Report on the working of the Ranchi Indian Mental Hospital, Kanke, in Bihar and Orissa - 1930-1940
Year: 1930
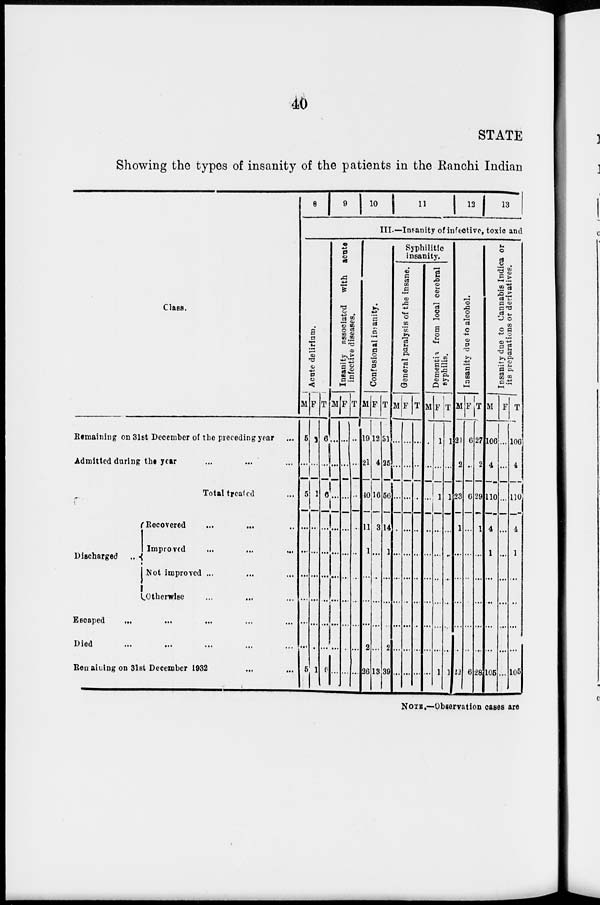
40
STATE
Showing the types of insanity of the patients in the Ranchi Indian
Class.
Remaining on 31st December of the preceding year ...
Admitted during the year ... ... ...
Total treated ...
Discharged
...
Recovered ... ... ...
Improved ... ... ...
Not improved ... ... ...
Otherwise ... ... ...
Escaped ... ... ... ... ...
Died ... ... ... ... ...
Remaining on 31st December 1932 ... ...
8
9
10 11
12 13
III.–Insanity of infective, toxic and
Acute delirium.
M
5
...
5
...
...
...
...
...
...
5
F
1
...
1
...
...
...
...
...
...
1
T
6
...
6
...
...
...
...
...
...
6
Insanity associated with acute
infective diseases.
M
...
...
...
...
...
...
...
...
...
...
F
...
...
...
...
...
...
...
...
...
...
T
...
...
...
...
...
...
...
...
...
...
Confusional insanity.
M
19
21
40
11
1
...
...
...
2
26
F
12
4
16
3
...
...
...
...
...
13
T
31
25
56
14
1
...
...
...
2
39
Syphilitic
insanity.
General paralysis of the insane.
M
...
...
...
...
...
...
...
...
...
...
F
...
...
...
...
...
...
...
...
...
...
T
...
...
...
...
...
...
...
...
...
...
Dementia from local cerebral
syphilis.
M
...
...
...
...
...
...
...
...
...
...
F
1
...
1
...
...
...
...
...
...
1
T
1
...
1
...
...
...
...
...
...
1
Insanity due to alcohol.
M
21
2
23
1
...
...
...
...
...
22
F
6
...
6
...
...
...
...
...
...
6
T
27
2
29
1
...
...
...
...
...
28
Insanity due to Cannabis Indica or
its preparations or derivatives.
M
106
4
110
4
1
...
...
...
...
105
F
...
...
...
...
...
...
...
...
...
...
T
106
4
110
4
1
...
...
...
...
105
NOTE.—Observation cases are